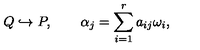
Q \hookrightarrow P , \qquad \alpha _ { j } = \sum _ { i = 1 } ^ { r } a _ { i j } \omega _ { i } ,